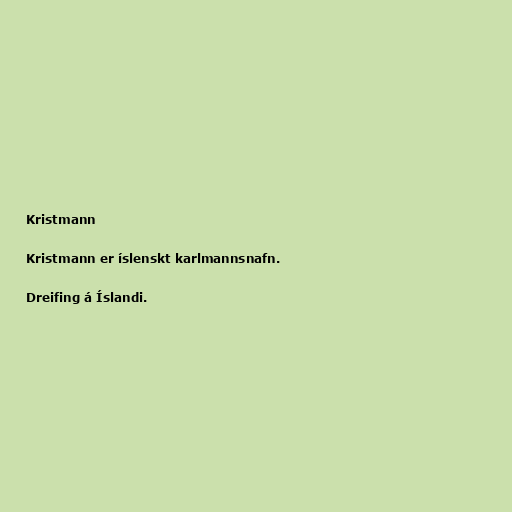
Kristmann

Kristmann er íslenskt karlmannsnafn.

Dreifing á Íslandi.